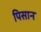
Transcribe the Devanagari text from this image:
पिसान